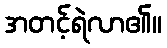
အတင့်ရဲလာ၏။